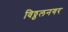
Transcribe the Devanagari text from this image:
विठ्ठलनगर